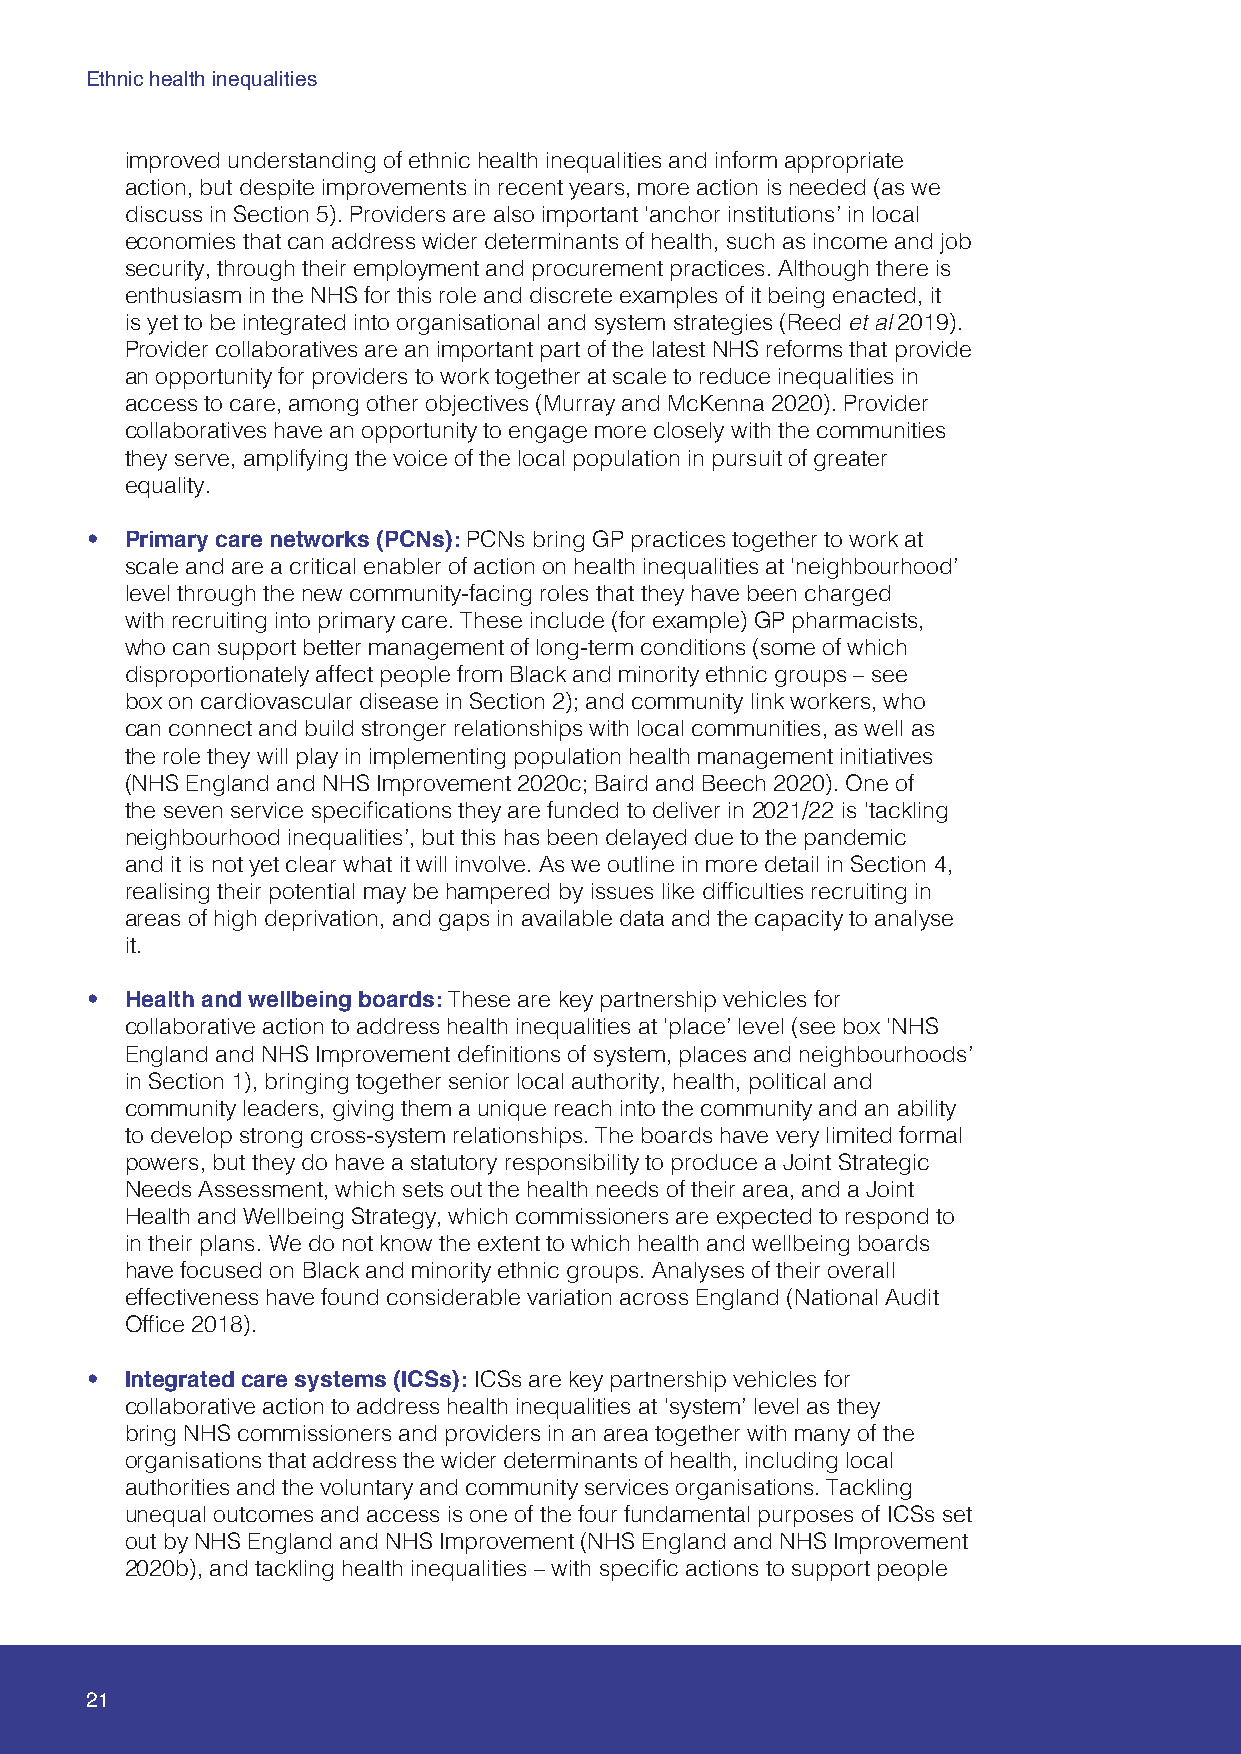
Ethnic health inequalities
 improved understanding of ethnic health inequalities and inform appropriate
 action, but despite improvements in recent years, more action is needed (as we
 discuss in Section 5). Providers are also important ‘anchor institutions’ in local
 economies that can address wider determinants of health, such as income and job
 security, through their employment and procurement practices. Although there is
 enthusiasm in the NHS for this role and discrete examples of it being enacted, it
 is yet to be integrated into organisational and system strategies (Reed et al 2019).
 Provider collaboratives are an important part of the latest NHS reforms that provide
 an opportunity for providers to work together at scale to reduce inequalities in
 access to care, among other objectives (Murray and McKenna 2020). Provider
 collaboratives have an opportunity to engage more closely with the communities
 they serve, amplifying the voice of the local population in pursuit of greater
 equality.
 • Primary care networks (PCNs): PCNs bring GP practices together to work at
 scale and are a critical enabler of action on health inequalities at ‘neighbourhood’
 level through the new community-facing roles that they have been charged
 with recruiting into primary care. These include (for example) GP pharmacists,
 who can support better management of long-term conditions (some of which
 disproportionately affect people from Black and minority ethnic groups – see
 box on cardiovascular disease in Section 2); and community link workers, who
 can connect and build stronger relationships with local communities, as well as
 the role they will play in implementing population health management initiatives
 (NHS England and NHS Improvement 2020c; Baird and Beech 2020). One of
 the seven service specifications they are funded to deliver in 2021/22 is ‘tackling
 neighbourhood inequalities’, but this has been delayed due to the pandemic
 and it is not yet clear what it will involve. As we outline in more detail in Section 4,
 realising their potential may be hampered by issues like difficulties recruiting in
 areas of high deprivation, and gaps in available data and the capacity to analyse
 it.
 • Health and wellbeing boards: These are key partnership vehicles for
 collaborative action to address health inequalities at ‘place’ level (see box ‘NHS
 England and NHS Improvement definitions of system, places and neighbourhoods’
 in Section 1), bringing together senior local authority, health, political and
 community leaders, giving them a unique reach into the community and an ability
 to develop strong cross-system relationships. The boards have very limited formal
 powers, but they do have a statutory responsibility to produce a Joint Strategic
 Needs Assessment, which sets out the health needs of their area, and a Joint
 Health and Wellbeing Strategy, which commissioners are expected to respond to
 in their plans. We do not know the extent to which health and wellbeing boards
 have focused on Black and minority ethnic groups. Analyses of their overall
 effectiveness have found considerable variation across England (National Audit
 Office 2018).
 • Integrated care systems (ICSs): ICSs are key partnership vehicles for
 collaborative action to address health inequalities at ‘system’ level as they
 bring NHS commissioners and providers in an area together with many of the
 organisations that address the wider determinants of health, including local
 authorities and the voluntary and community services organisations. Tackling
 unequal outcomes and access is one of the four fundamental purposes of ICSs set
 out by NHS England and NHS Improvement (NHS England and NHS Improvement
 2020b), and tackling health inequalities – with specific actions to support people
 21